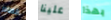
الصادر علينا بهذا